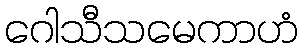
ဂေါသီသမေကာဟံ